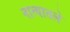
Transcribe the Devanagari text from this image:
नात्यातले